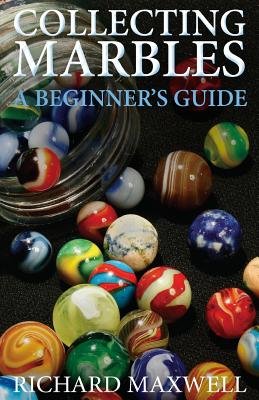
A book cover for Collecting Marbles( A Beginner's Guide( Learn How to Recognize the Classic Marbles Identify the Nine Basic Marble Features Play the Old Ga)[COLLECTING MARBLES][Paperback]; RichardMaxwell; Crafts, Hobbies & Home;